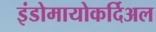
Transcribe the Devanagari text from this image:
इंडोमायोकर्दिअल